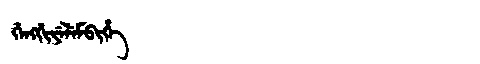
Manchu: ᡤᡝᠩᡤᡳᠶᡝᠯᡝᠮᠪᡳᡥᡝ
Romanization: GENGGIYELEMBIHE